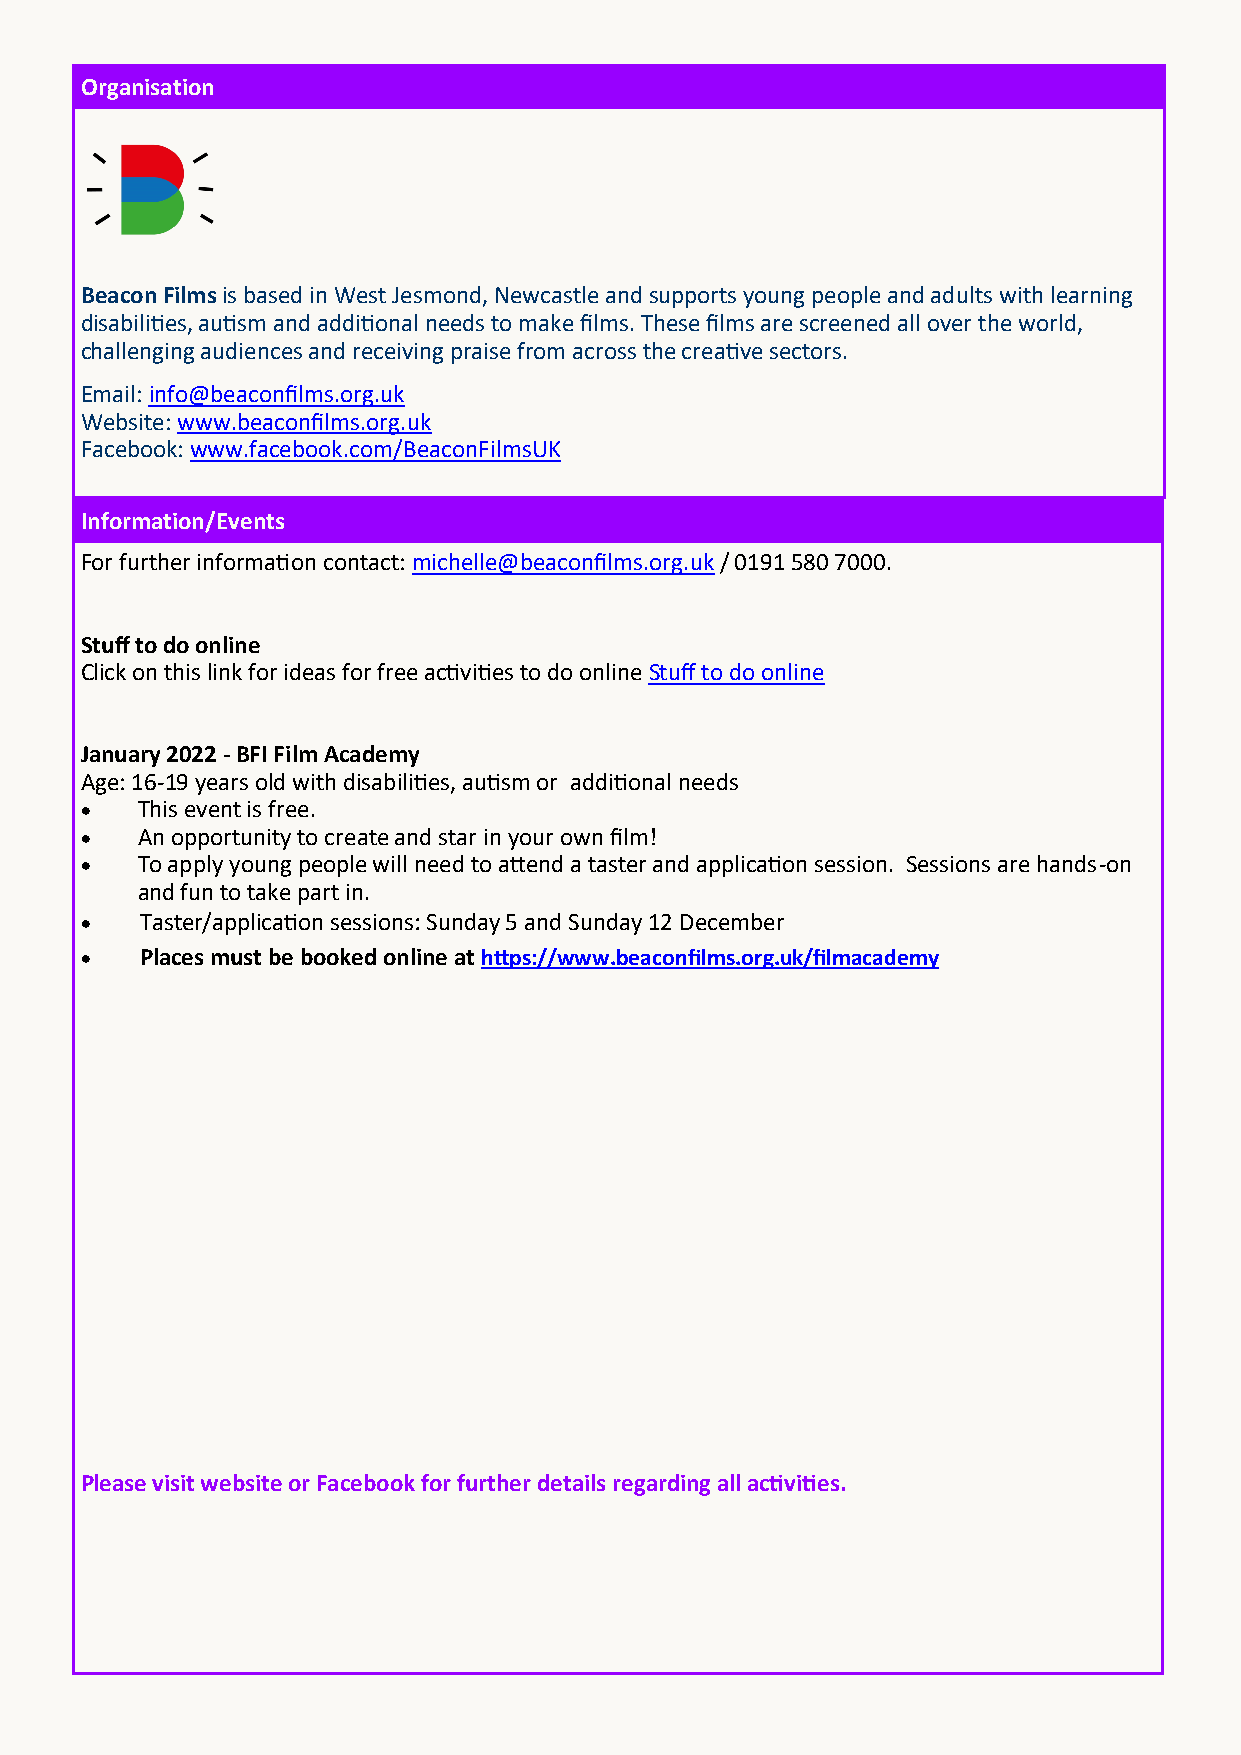
Organisation
 Beacon Films is based in West Jesmond, Newcastle and supports young people and adults with learning
 disabilities, autism and additional needs to make films. These films are screened all over the world,
 challenging audiences and receiving praise from across the creative sectors.
 Email: info@beaconfilms.org.uk
 Website: www.beaconfilms.org.uk
 Facebook: www.facebook.com/BeaconFilmsUK
 Information/Events
 For further information contact: michelle@beaconfilms.org.uk / 0191 580 7000.
 Stuff to do online
 Click on this link for ideas for free activities to do online Stuff to do online
 January 2022 - BFI Film Academy
 Age: 16-19 years old with disabilities, autism or additional needs
 •   This event is free.
 •   An opportunity to create and star in your own film!
 •   To apply young people will need to attend a taster and application session. Sessions are hands-on
 and fun to take part in.
 •   Taster/application sessions: Sunday 5 and Sunday 12 December
 •   Places must be booked online at https://www.beaconfilms.org.uk/filmacademy
 Please visit website or Facebook for further details regarding all activities.